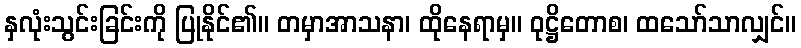
နှလုံးသွင်းခြင်းကို ပြုနိုင်၏။ တမှာအာသနာ၊ ထိုနေရာမှ။ ဝုဋ္ဌိတောစ၊ ထသော်သာလျှင်။